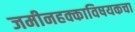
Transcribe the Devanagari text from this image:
जमीनहक्काविषयकचा